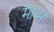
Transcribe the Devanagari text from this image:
माध्म